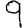
Digit: 9